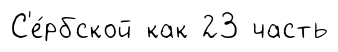
С'е́рбской как 23 часть